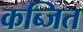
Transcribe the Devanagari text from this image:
कब्जित